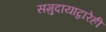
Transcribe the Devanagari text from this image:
समुदायाद्वारेही